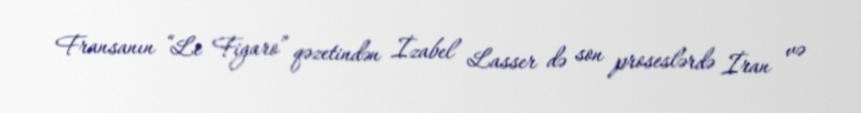
Fransanın “Le Figaro” qəzetindən İzabel Lasser də son proseslərdə İran və